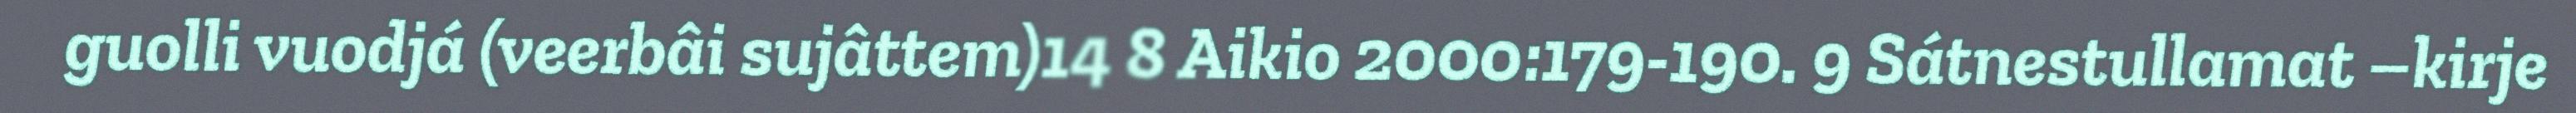
guolli vuodjá (veerbâi sujâttem)14 8 Aikio 2000:179-190. 9 Sátnestullamat –kirje